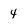
Character: 4